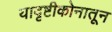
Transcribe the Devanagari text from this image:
यादृष्टीकोनातून